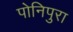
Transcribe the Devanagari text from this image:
पोनिपुरा